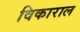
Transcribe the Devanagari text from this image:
विकाराल